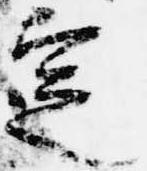
定